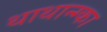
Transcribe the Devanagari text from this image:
थाथान्ग्का